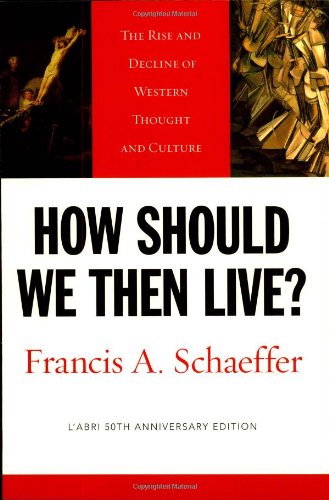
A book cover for How Should We Then Live? (L'Abri 50th Anniversary Edition): The Rise and Decline of Western Thought and Culture; Francis A. Schaeffer; Politics & Social Sciences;